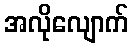
အလိုလျောက်